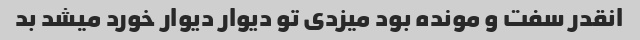
انقدر سفت و مونده بود میزدی تو دیوار دیوار خورد میشد بد